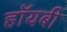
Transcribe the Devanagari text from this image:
हॉयबी